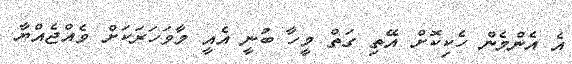
އެ އެންމެން ހެކިކޮށް އޭތި ގަތް މީހާ ބުނީ އެއީ މާވަހަރަކަށް ވެއްޖެއްޔާ